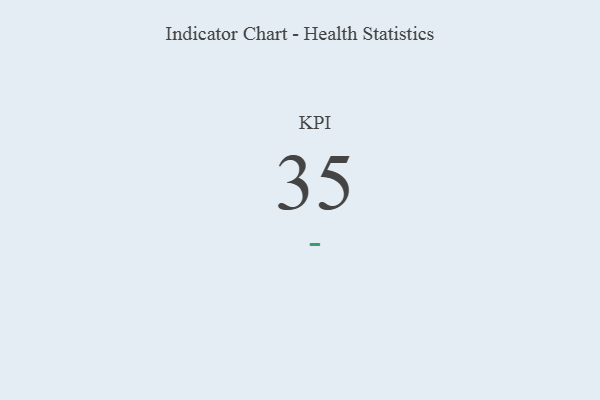
{"axis": {"x": "KPI", "y": "Value"}, "legend": [""], "data": [{"x": "KPI", "y": 35, "type": ""}]}